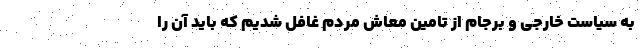
به سیاست خارجی و برجام از تامین معاش مردم غافل شدیم که باید آن را